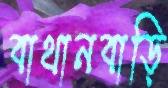
বাথানবাড়ি